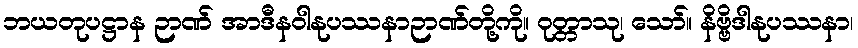
ဘယတုပဋ္ဌာန ဉာဏ် အာဒီနဝါနုပဿနာဉာဏ်တို့ကို။ ဝုတ္တာသု၊ သော်။ နိဗ္ဗိဒါနုပဿနာ၊